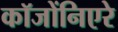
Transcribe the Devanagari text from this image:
कॉजोंनिएरे